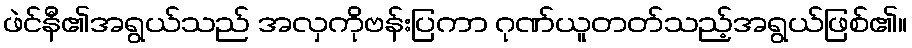
ဖဲင်နီ၏အရွယ်သည် အလှကိုဗန်းပြကာ ဂုဏ်ယူတတ်သည့်အရွယ်ဖြစ်၏။